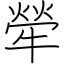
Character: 犖